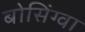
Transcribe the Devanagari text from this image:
बोसिंग्वा